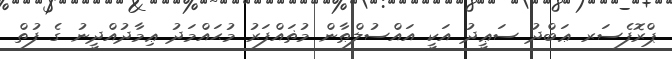
ޕްރޮފެސަރ ޢަބްދު ސަޢީދު އަކީ އައްސުލްޠާން މުޡައްފަރު މުޙައްމަދު ޢިމާދުއްދީނު ގެ ފުތް